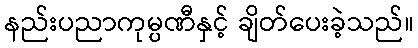
နည်းပညာကုမ္ပဏီနှင့် ချိတ်ပေးခဲ့သည်။